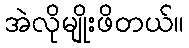
အဲလိုမျိုးဖိတယ်။